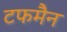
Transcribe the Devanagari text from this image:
टफमैन